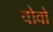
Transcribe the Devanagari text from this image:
वोवो